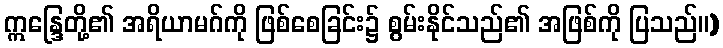
ဣန္ဒြေတို့၏ အရိယာမဂ်ကို ဖြစ်စေခြင်း၌ စွမ်းနိုင်သည်၏ အဖြစ်ကို ပြသည်။)